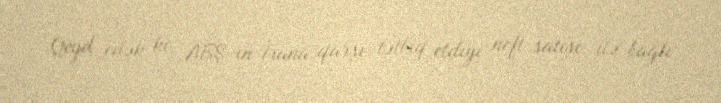
Qeyd edək ki, ABŞ-ın İrana qarşı tətbiq etdiyi neft satışı ilə bağlı